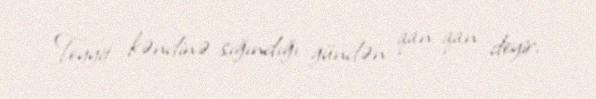
Teyyit kəndinə sığındığı gündən qan-qan deyir.